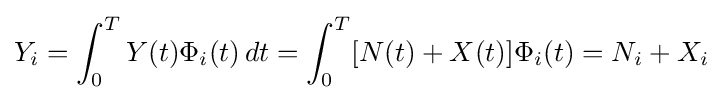
Y_{i}=\int _{0}^{T}Y(t)\Phi _{i}(t)\,dt=\int _{0}^{T}[N(t)+X(t)]\Phi _{i}(t)=N_{i}+X_{i}